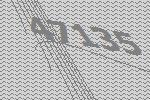
47135